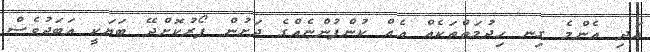
އަދި އެންމެ ގިނ ހިދުމަތްތަކެއް އެއް ކުންފުންޏެއްގެ ދަށުން ފޯރުކޮށްދޭ ބަޔަކީ އަބަދުވެސް